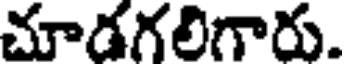
చూడగలిగారు.